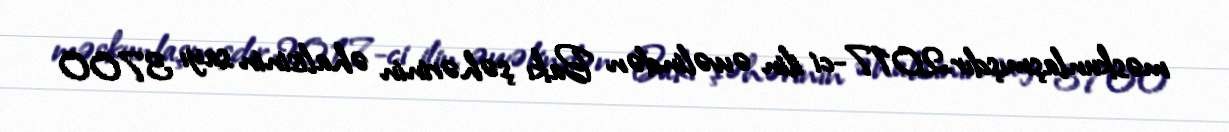
məskunlaşmışdır.2017-ci ilin əvvəlindən Bakı şəhərinin əhalisinin sayı 3700